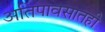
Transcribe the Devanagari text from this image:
अतिपावसातही